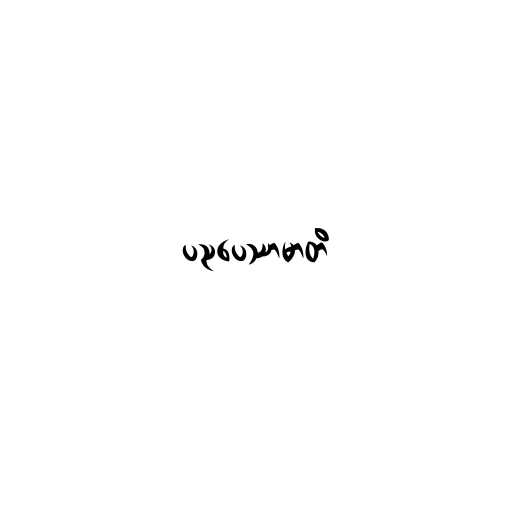
ပညပေဿာမာတိ